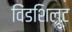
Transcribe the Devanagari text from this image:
विंडशिल्ट